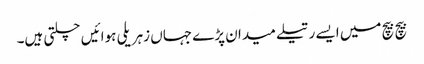
بیچ بیچ میں ایسے رتیلے میدان پڑے جہاں زہریلی ہوائیں چلتی ہیں۔